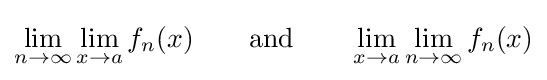
\lim _{n\to \infty }\lim _{x\to a}f_{n}(x)\qquad {\text{and}}\qquad \lim _{x\to a}\lim _{n\to \infty }f_{n}(x)